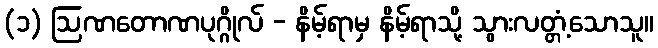
(၁) ဩဏတောဏပုဂ္ဂိုလ် - နိမ့်ရာမှ နိမ့်ရာသို့ သွားလတ္တံ့သောသူ။